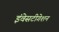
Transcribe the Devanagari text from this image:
इंवेसटीगेशन